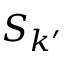
S _ { k ^ { \prime } }